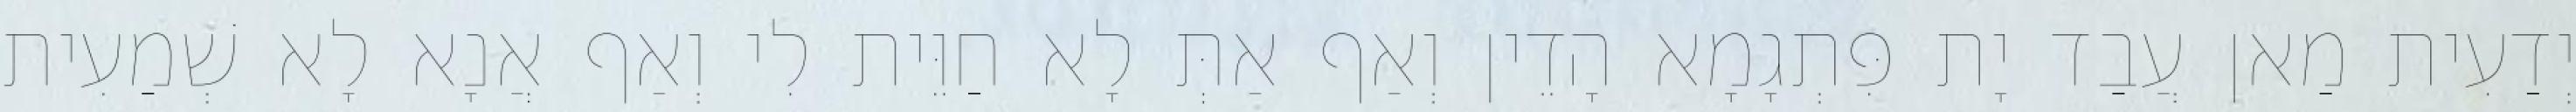
יְדַעִית מַאן עֲבַד יָת פִּתְגָמָא הָדֵין וְאַף אַתְּ לָא חַוֵּית לִי וְאַף אֲנָא לָא שְׁמַעִית